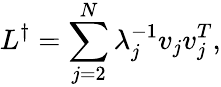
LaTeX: L^{\dagger}=\sum_{j=2}^{N}\lambda_{j}^{-1}v_{j}v_{j}^{T},